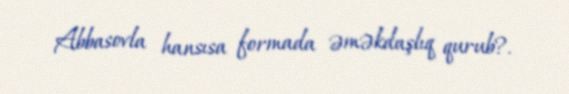
Abbasovla hansısa formada əməkdaşlıq qurub?.